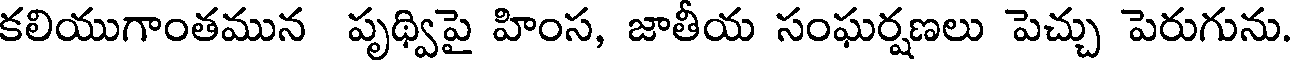
కలియుగాంతమున పృథ్విపై హింస, జాతీయ సంఘర్షణలు పెచ్చు పెరుగును.